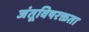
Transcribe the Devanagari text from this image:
जंतूविषरक्तता